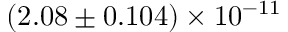
( 2 . 0 8 \pm 0 . 1 0 4 ) \times 1 0 ^ { - 1 1 }